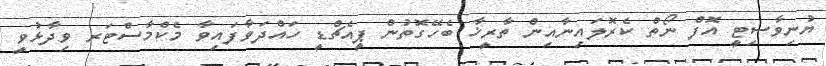
ޔުނިވާސިޓީ އޮފް ނޯތް ކެރޮލައިނާއިން ތާރީޚާ ބެހޭގޮތުން ޕީއެޗްޑީ ހައްދަވާފައިވާ މެކްމާސްޓަރ ވިދާޅުވީ